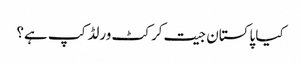
کیا پاکستان جیت کرکٹ ورلڈ کپ ہے؟